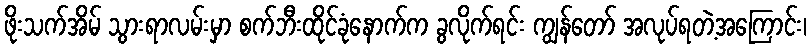
ဖိုးသက်အိမ် သွားရာလမ်းမှာ စက်ဘီးထိုင်ခုံနောက်က ခွလိုက်ရင်း ကျွန်တော် အလုပ်ရတဲ့အကြောင်း၊